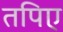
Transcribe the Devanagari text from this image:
तपिए